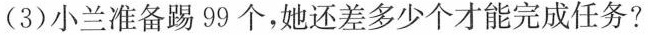
(3)小兰准备踢99个，她还差多少个才能完成任务？